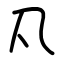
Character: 𠁽